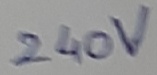
Text: 240V